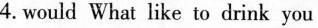
4.would What like to drink you